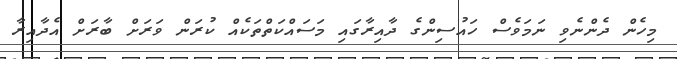
މިހެން ދެންނެވި ނަމަވެސް ހައުސިންގެ ދާއިރާގައި މަސައްކަތްތަކެއް ކުރަން ވަރަށް ބާރަށް އެދާއިރާ